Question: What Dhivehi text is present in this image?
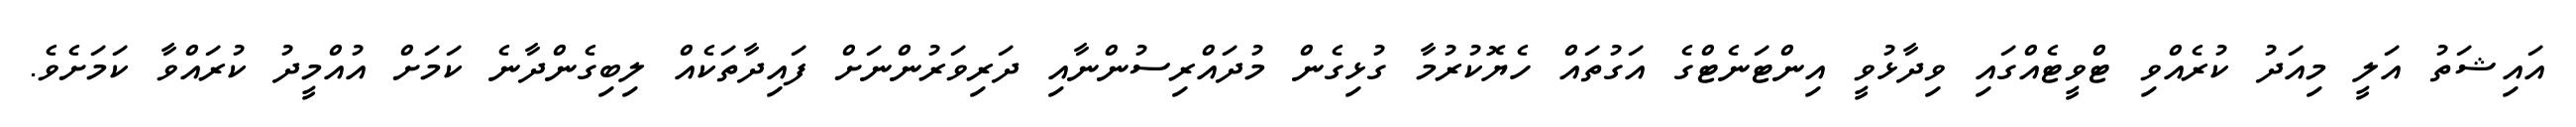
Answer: އައިޝަތު އަލީ މިއަދު ކުރެއްވި ޓްވީޓެއްގައި ވިދާޅުވީ އިންޓަނެޓްގެ އަގުތައް ހެޔޮކުރުމާ ގުޅިގެން މުދައްރިސުންނާއި ދަރިވަރުންނަށް ފައިދާތަކެއް ލިބިގެންދާނެ ކަމަށް އުއްމީދު ކުރައްވާ ކަމަށެވެ.